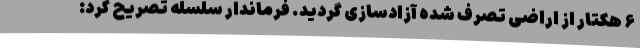
۶ هکتار از اراضی تصرف شده آزادسازی گردید. فرماندار سلسله تصریح کرد: